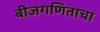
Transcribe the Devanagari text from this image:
बीजगणिताचा